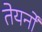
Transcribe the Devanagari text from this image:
तेयर्नों